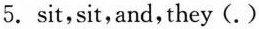
5.sit,sit, and, they (.)